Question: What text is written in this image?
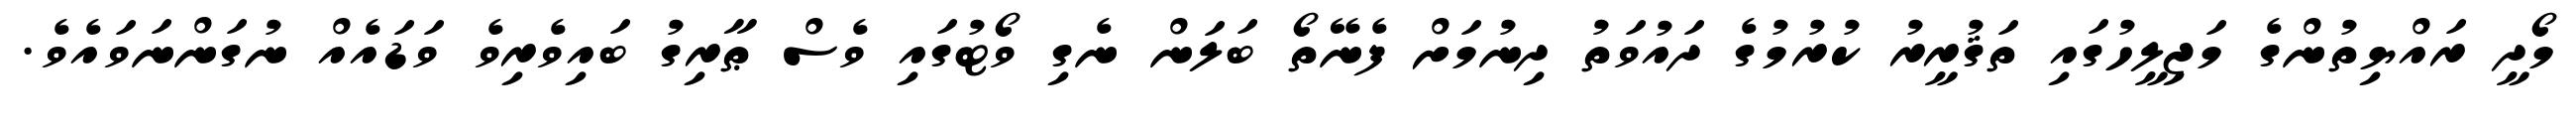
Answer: މޯދީ ރައްޔިތުންގެ މަޖިލީހުގައި ތަޤުރީރު ކުރުމުގެ ދައުވަތު ދިނުމަށް ފެނޭތޯ ބަލަން ނެގި ވޯޓުގައި ވެސް ޠާރިގު ބައިވެރިވެ ވަޑައެއް ނުގަންނަވައެވެ.